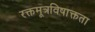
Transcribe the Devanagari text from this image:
रक्तमूत्रविषाक्तता